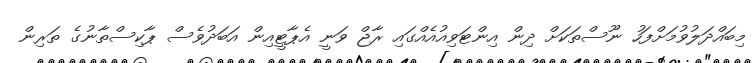
މިބައްދަލުވުމަށްފަހު ނޫސްތަކަށް ދިން އިންޓަވިއުއެއްގައި ރާޖް ވަނީ އެޕާޓީއިން އަބަދުވެސް ޕާކިސްތާނުގެ ތަރިން